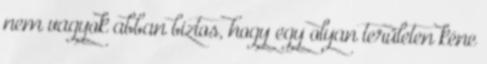
nem vagyok abban biztos, hogy egy olyan területen kéne